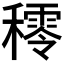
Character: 𥢴